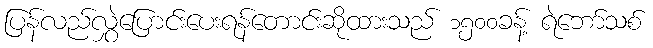
ပြန်လည်လွှဲပြောင်းပေးရန်တောင်းဆိုထားသည် ၁၅၀၀ခန့် ရဲဘော်သစ်